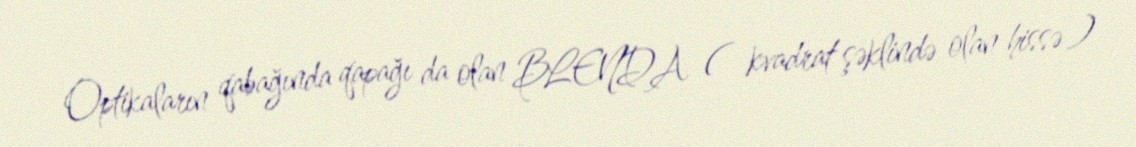
Optikaların qabağında qapağı da olan BLENDA ( kvadrat şəklində olan hissə )